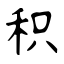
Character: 积